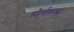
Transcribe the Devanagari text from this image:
मौर्यकला